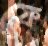
ফে